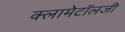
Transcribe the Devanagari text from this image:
क्लामेटॉलजी